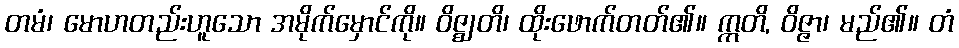
တမံ၊ မောဟတည်းဟူသော အမိုက်မှောင်ကို။ ဝိဇ္ဈတိ၊ ထိုးဖောက်တတ်၏။ ဣတိ, ဝိဇ္ဇာ၊ မည်၏။ တံ